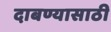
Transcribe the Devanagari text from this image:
दाबण्यासाठी